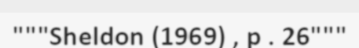
"""Sheldon (1969) , p . 26"""